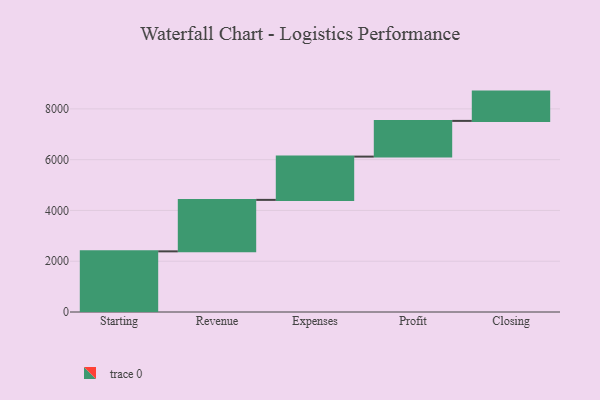
{"axis": {"x": "Step", "y": "Value"}, "legend": [""], "data": [{"x": "Starting", "y": 2389.0, "type": ""}, {"x": "Revenue", "y": 2027.0, "type": ""}, {"x": "Expenses", "y": 1705.0, "type": ""}, {"x": "Profit", "y": 1406.0, "type": ""}, {"x": "Closing", "y": 1154.0, "type": ""}]}